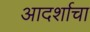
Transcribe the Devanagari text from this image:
आदर्शाचा